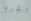
الجرم